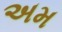
અમ